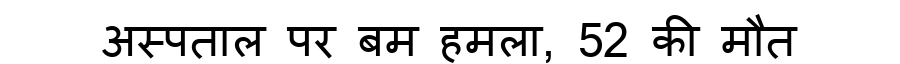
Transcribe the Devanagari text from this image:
अस्पताल पर बम हमला, 52 की मौत